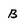
Character: B